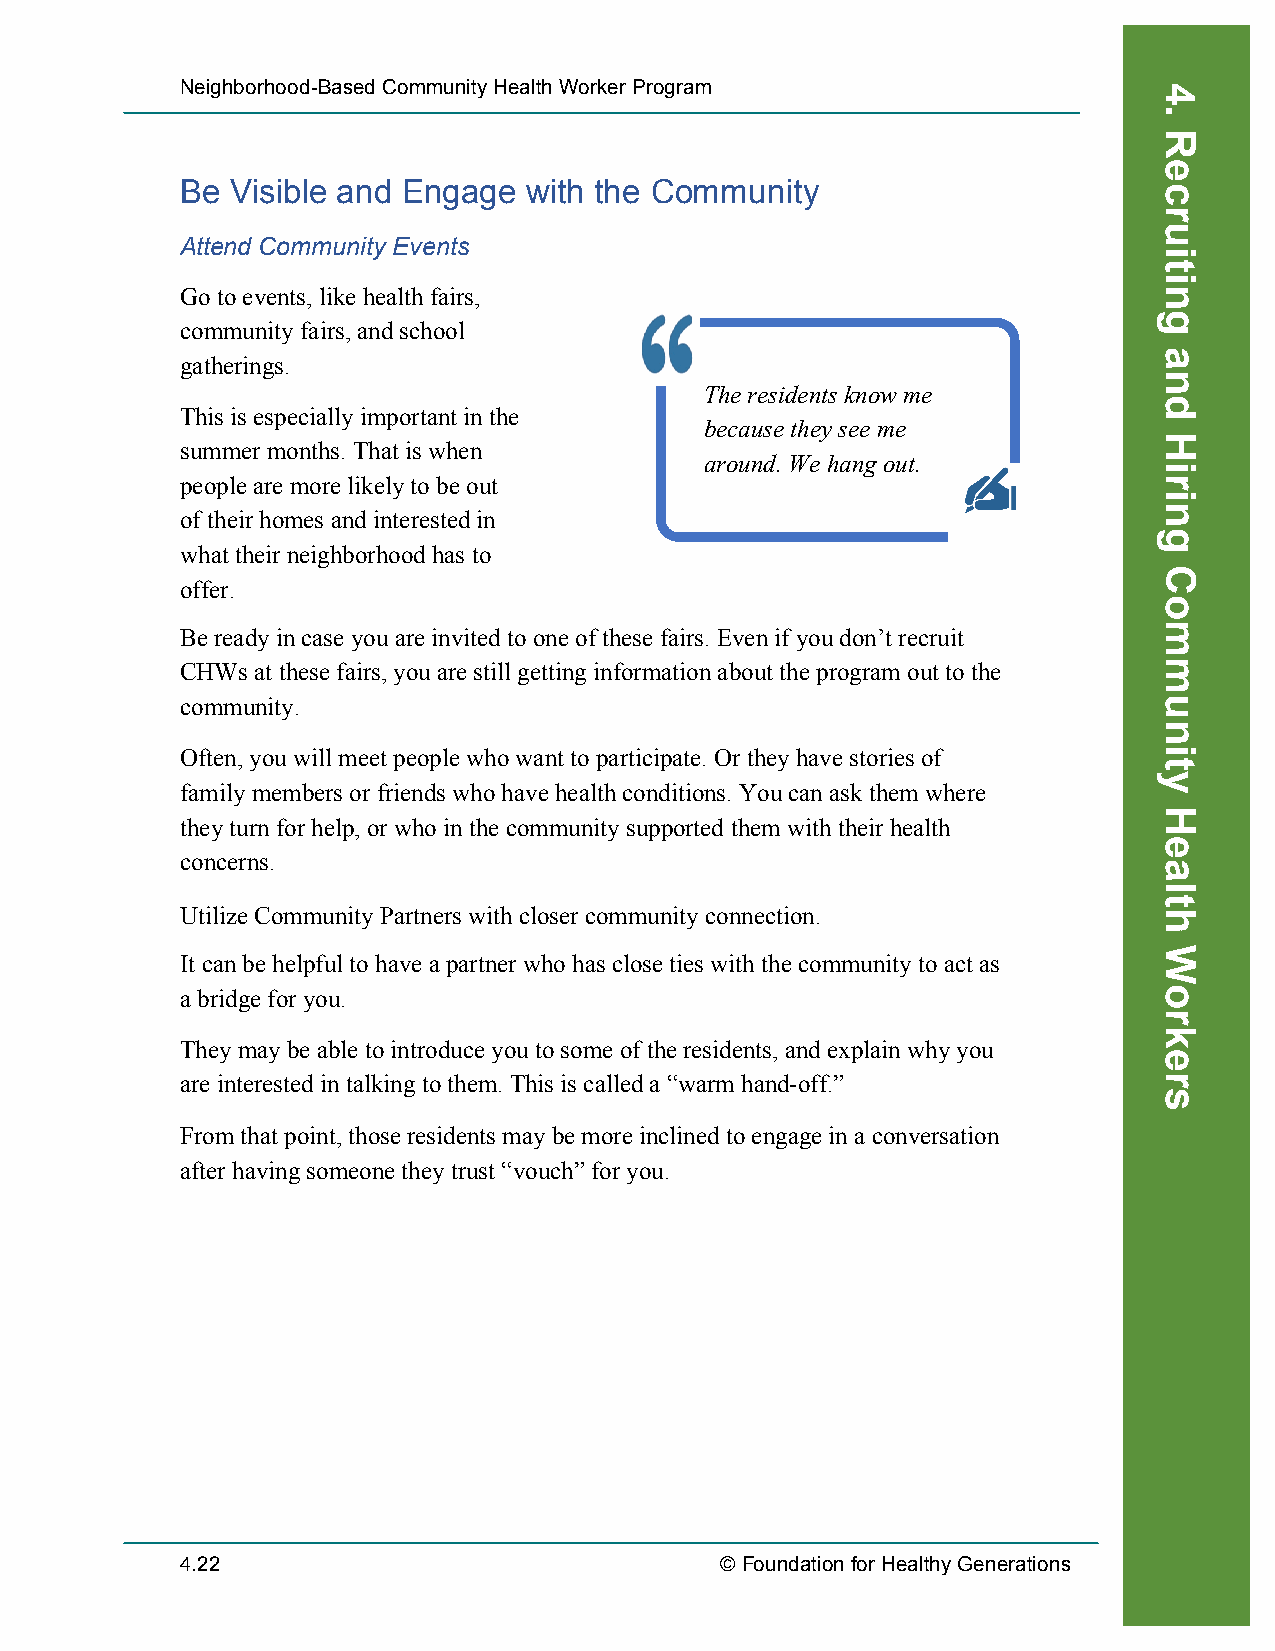
Neighborhood-Based Community Health Worker Program
 Be Visible and Engage  with the Community
 Attend Community Events
 Go to events, like health fairs,
 community fairs, and school
 gatherings.
 The residents know me
 This is especially important in the
 because they see me
 summer months. That is when
 around. We hang out.
 people are more likely to be out
 of their homes and interested in
 what their neighborhood has to
 offer.
 Be ready in case you are invited to one of these fairs. Even if you don’t recruit
 CHWs at these fairs, you are still getting information about the program out to the
 community.
 Often, you will meet people who want to participate. Or they have stories of
 family members or friends who have health conditions. You can ask them where
 they turn for help, or who in the community supported them with their health
 concerns.
 Utilize Community Partners with closer community connection.
 It can be helpful to have a partner who has close ties with the community to act as
 a bridge for you.
 They may be able to introduce you to some of the residents, and explain why you
 are interested in talking to them. This is called a “warm hand-off.”
 From that point, those residents may be more inclined to engage in a conversation
 after having someone they trust “vouch” for you.
 4.22                                © Foundation for Healthy Generations
 Recruiting
 4.
 Recruiting
 and
 Hiring
 Community
 Health
 Workers